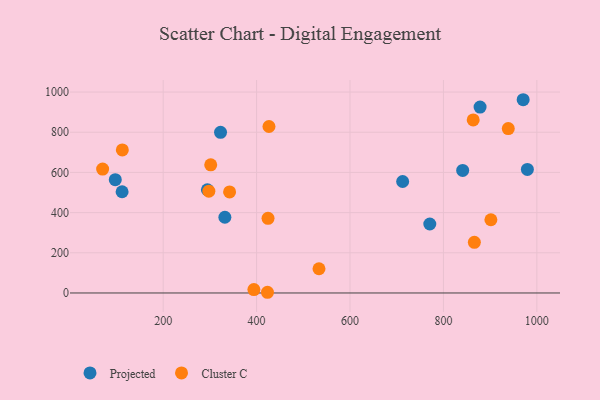
{"axis": {"x": "Price", "y": "Rating"}, "legend": ["Cluster C", "Projected"], "data": [{"x": "770.8", "y": 343.3, "type": "Projected"}, {"x": "712.7", "y": 554.8, "type": "Projected"}, {"x": "322.8", "y": 799.5, "type": "Projected"}, {"x": "112.1", "y": 503.7, "type": "Projected"}, {"x": "970.7", "y": 961.8, "type": "Projected"}, {"x": "878.4", "y": 925.0, "type": "Projected"}, {"x": "294.7", "y": 513.7, "type": "Projected"}, {"x": "841.2", "y": 609.8, "type": "Projected"}, {"x": "979.7", "y": 614.7, "type": "Projected"}, {"x": "332.1", "y": 376.9, "type": "Projected"}, {"x": "97.5", "y": 564.1, "type": "Projected"}, {"x": "866.2", "y": 251.9, "type": "Cluster C"}, {"x": "394.2", "y": 16.8, "type": "Cluster C"}, {"x": "423.3", "y": 3.5, "type": "Cluster C"}, {"x": "901.6", "y": 364.4, "type": "Cluster C"}, {"x": "938.8", "y": 818.3, "type": "Cluster C"}, {"x": "533.6", "y": 120.5, "type": "Cluster C"}, {"x": "863.7", "y": 861.2, "type": "Cluster C"}, {"x": "342.2", "y": 502.7, "type": "Cluster C"}, {"x": "70.4", "y": 616.9, "type": "Cluster C"}, {"x": "301.8", "y": 637.8, "type": "Cluster C"}, {"x": "297.8", "y": 506.6, "type": "Cluster C"}, {"x": "112.6", "y": 712.1, "type": "Cluster C"}, {"x": "424.5", "y": 371.7, "type": "Cluster C"}, {"x": "426.5", "y": 828.5, "type": "Cluster C"}]}